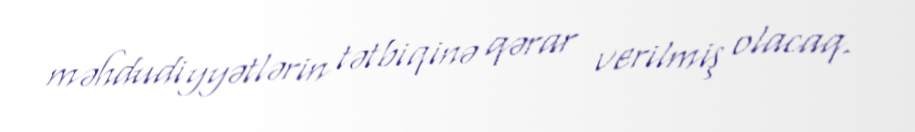
məhdudiyyətlərin tətbiqinə qərar verilmiş olacaq.